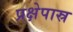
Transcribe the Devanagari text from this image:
प्रक्षेपास्र